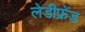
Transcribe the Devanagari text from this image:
लेडीफ्रेंड